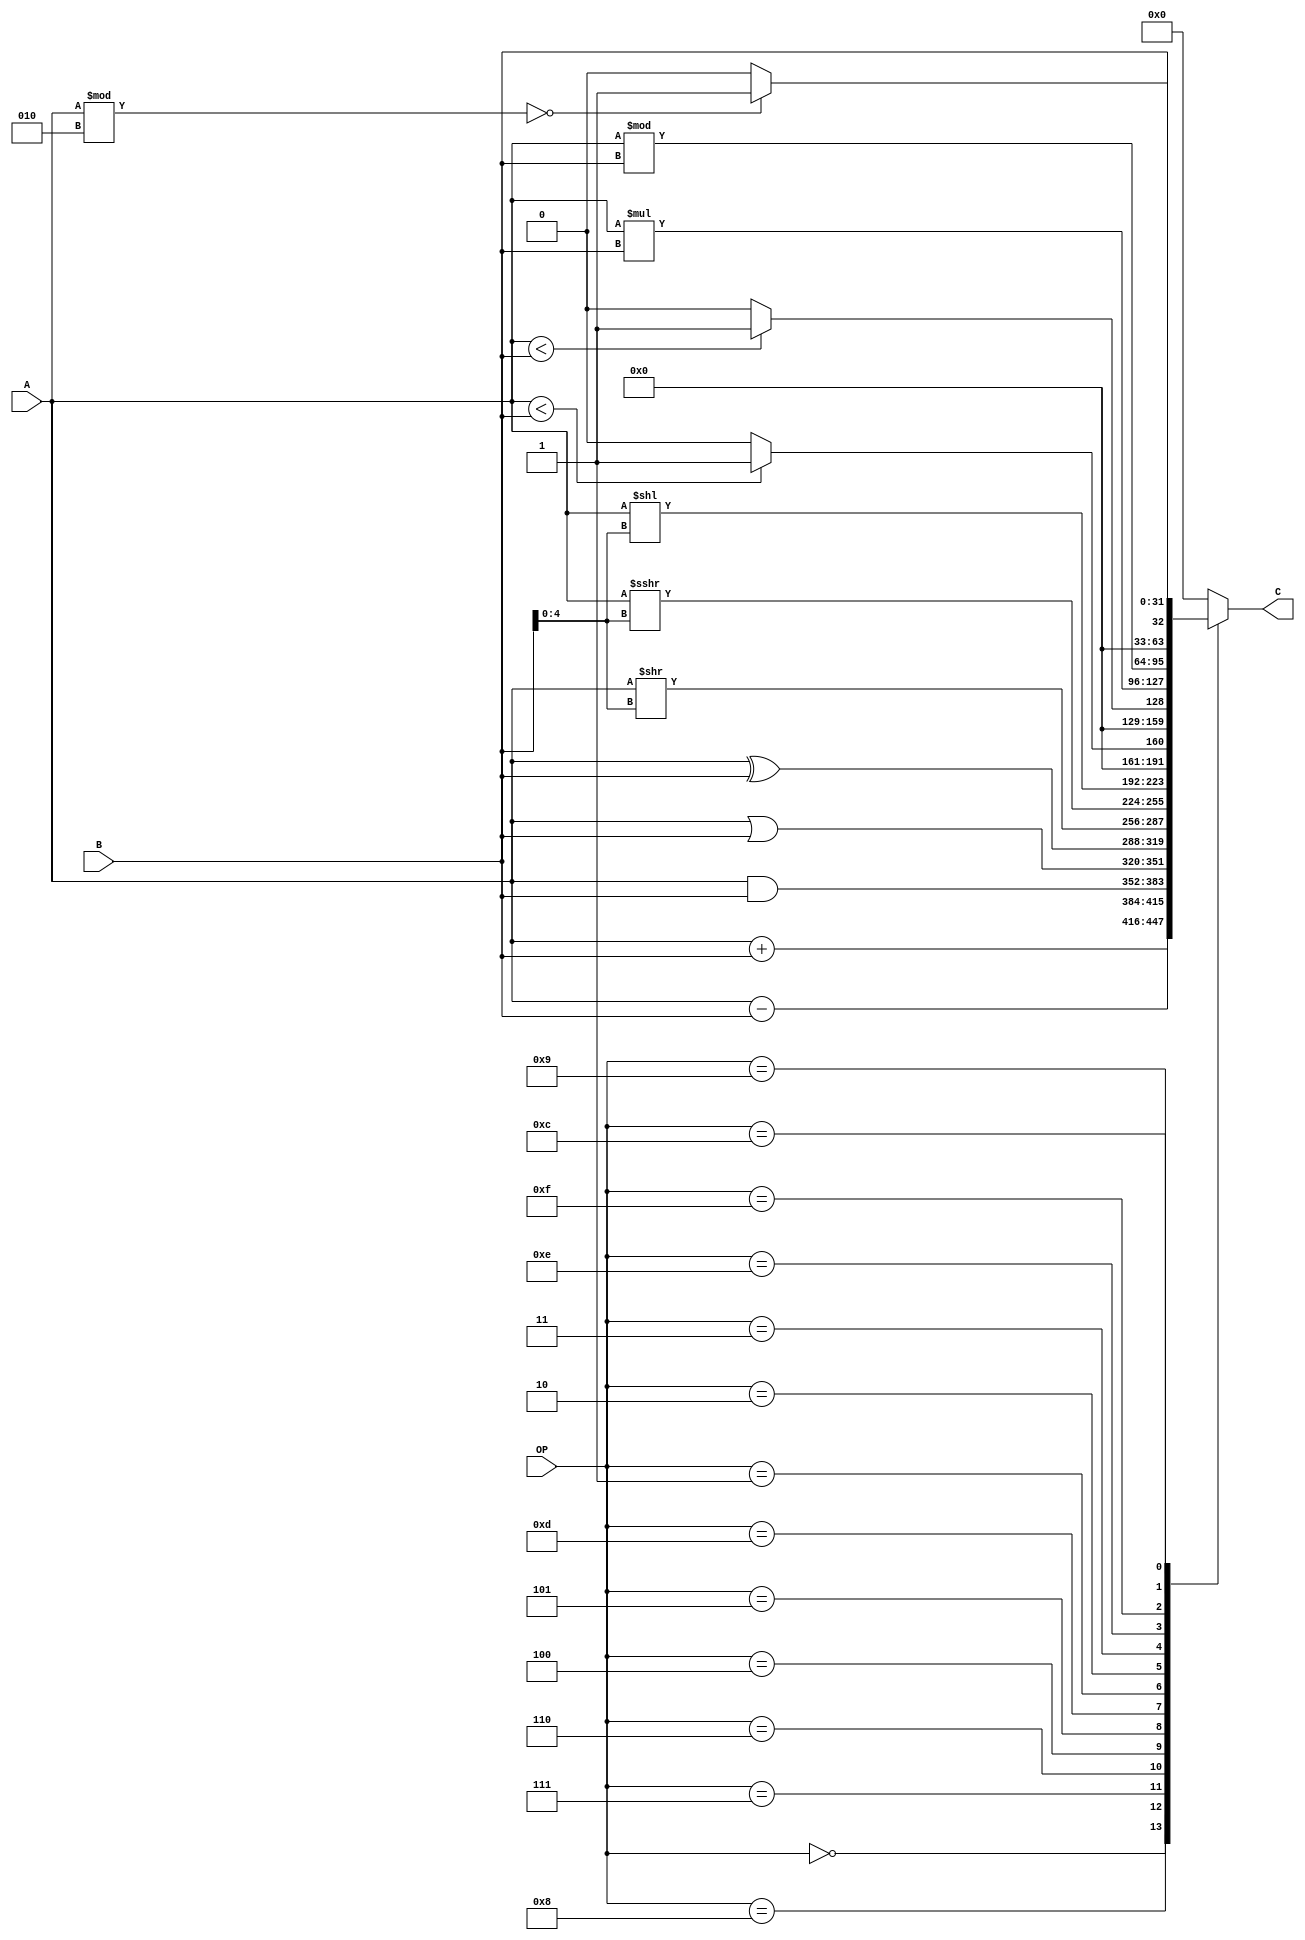
`timescale 1ns / 100ps

module ALU(
	input wire signed [31:0] A,
	input wire signed [31:0] B,
	input wire [3:0] OP,
	output reg [31:0] C
	);

	// Arithmetic
	`define	OP_ADD	4'b0000
	`define	OP_SUB	4'b1000
	// Bitwise Boolean operation
	`define	OP_AND	4'b0111
	`define	OP_OR 	4'b0110
	// `define	OP_NAND	4'b0100
	// `define	OP_NOR	4'b0101
	`define	OP_XOR	4'b0100
	// `define	OP_XNOR	4'b0111
	// Logic
	// `define	OP_ID	4'b1000
	// `define	OP_NOT  4'b1001
	// Shift
	`define	OP_LRS	4'b0101
	`define	OP_ARS	4'b1101
	// `define	OP_RR	4'b1100
	`define	OP_LLS	4'b0001
	// `define	OP_ALS	4'b1110
	// `define	OP_RL	4'b1111
	// Compare
	`define OP_LT 4'b0010
	`define OP_LTU 4'b0011
	// Custom
	`define OP_MUL 4'b1110
	`define OP_MOD 4'b1111
	`define OP_ISEVEN 4'b1100
	// For convenience
	`define OP_printB 4'b1001
	// 1010
	// 1011

	initial begin
    end

    always @(*) begin
        case (OP)
			`OP_ADD: begin
				C=A+B;
			end

			`OP_SUB: begin
				C=A-B;
			end

			`OP_AND: begin
				C = A&B;
			end

			`OP_OR: begin
				C = A|B;
			end

			// `OP_NAND: begin
			// 	C = ~(A&B);
			// 	Cout = 0;
			// end

			// `OP_NOR: begin
			// 	C = ~(A|B);
			// 	Cout = 0;
			// end

			`OP_XOR: begin
				C = A^B;
			end

			// `OP_XNOR: begin
			// 	C = ~(A^B);
			// 	Cout = 0;
			// end

			// `OP_ID: begin
			// 	C = A;
			// 	Cout = 0;
			// end

			// `OP_NOT: begin
			// 	C = ~A;
			// 	Cout = 0;
			// end

			`OP_LRS: begin
				C = A >> B[4:0];
			end

			`OP_ARS: begin
				C = A >>> B[4:0];
			end

			// `OP_RR: begin
			// 	C = {A[0], A[15:1]};
			// 	Cout = 0;
			// end

			`OP_LLS: begin
				C = A << B[4:0];
			end

			// `OP_ALS: begin
			// 	C = A <<< 1;
			// 	Cout = 0;
			// end

			// `OP_RL: begin
			// 	C = {A[14:0], A[15]};
			// 	Cout = 0;
			// end

			`OP_LT: begin
				C = (A < B) ? 1 : 0;
			end

			`OP_LTU: begin
				C = ({1'b0, A} < {1'b0, B}) ? 1 : 0;
			end

			`OP_MUL: begin
				C = A * B;
			end

			`OP_MOD: begin
				C = A % B;
			end

			`OP_ISEVEN: begin
				C = (A % 2 == 0) ? 1 : 0;
			end

			`OP_printB: begin
				C = B;
			end

			default: begin
				C=0;
			end
		endcase
    end
	
endmodule